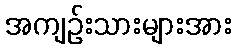
အကျဉ်းသားများအား